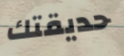
حديقتك